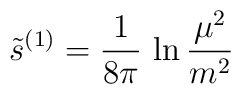
\tilde s^{(1)} = {1\over 8\pi}\,\ln {\mu^2\over m^2}